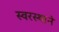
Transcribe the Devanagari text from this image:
स्वरस्थाने